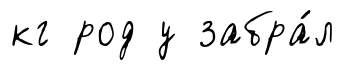
кг род у забра́л